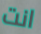
انت